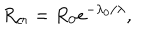
R _ { c r } = R _ { 0 } e ^ { - \lambda _ { 0 } / \lambda } ,